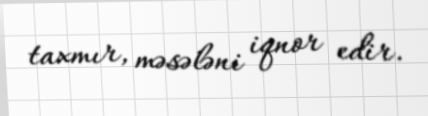
taxmır, məsələni iqnor edir.